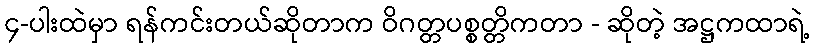
၄-ပါးထဲမှာ ရန်ကင်းတယ်ဆိုတာက ဝိဂတ္တပစ္စတ္တိကတာ - ဆိုတဲ့ အဋ္ဌကထာရဲ့